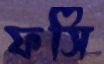
ফসি